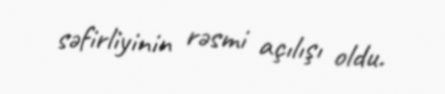
səfirliyinin rəsmi açılışı oldu.